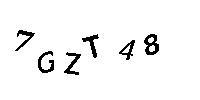
7GZT48